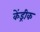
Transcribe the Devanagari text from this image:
केंड्रीक